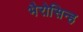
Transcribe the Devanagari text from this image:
भैरोसिन्ह